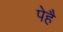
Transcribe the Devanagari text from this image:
पेहै